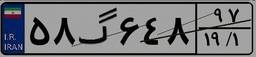
۵۸گ۶۴۸۹۷